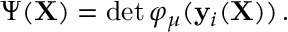
\begin{array} { r } { \Psi ( \mathbf { X } ) = \operatorname* { d e t } { \varphi _ { \mu } ( \mathbf { y } _ { i } ( \mathbf { X } ) ) } \, . } \end{array}